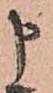
申